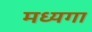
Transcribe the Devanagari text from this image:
मध्यगा